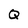
Character: Q